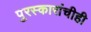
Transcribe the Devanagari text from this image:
पुरस्कारांचीही